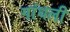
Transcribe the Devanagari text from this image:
गांधली